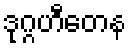
ဒုဂ္ဂဟီတေန